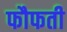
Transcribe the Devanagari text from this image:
फौफती